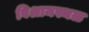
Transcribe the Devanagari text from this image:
विश्रामस्थळ